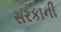
સરકાની